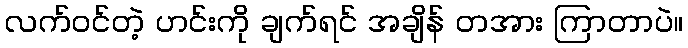
လက်ဝင်တဲ့ ဟင်းကို ချက်ရင် အချိန် တအား ကြာတာပဲ။